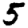
Digit: 5